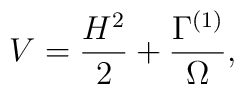
V= {H^2 \over 2}+{\Gamma^{(1)} \over \Omega} ,